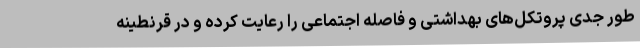
طور جدی پروتکل‌های بهداشتی و فاصله اجتماعی را رعایت کرده و در قرنطینه